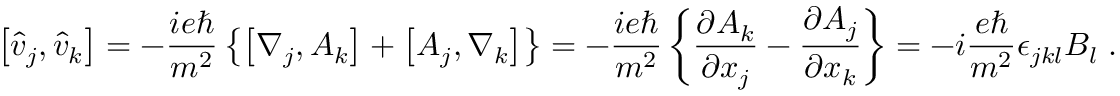
\left[ \hat { v } _ { j } , \hat { v } _ { k } \right] = - \frac { i e \hbar } { m ^ { 2 } } \left\{ \left[ \nabla _ { j } , A _ { k } \right] + \left[ A _ { j } , \nabla _ { k } \right] \right\} = - \frac { i e \hbar } { m ^ { 2 } } \left\{ \frac { \partial A _ { k } } { \partial x _ { j } } - \frac { \partial A _ { j } } { \partial x _ { k } } \right\} = - i \frac { e \hbar } { m ^ { 2 } } \epsilon _ { j k l } B _ { l } \; .